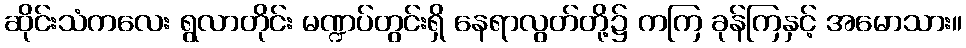
ဆိုင်းသံကလေး ရွလာတိုင်း မဏ္ဍပ်တွင်းရှိ နေရာလွတ်တို့၌ ကကြ ခုန်ကြနှင့် အမောသား။